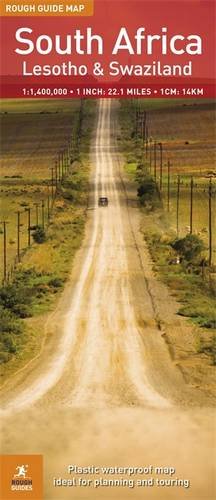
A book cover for Rough Guide Map South Africa (Rough Guide Map: South Africa, Lesotho & Swaziland); Rough Guides; Travel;